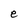
Character: e